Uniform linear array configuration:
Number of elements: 64
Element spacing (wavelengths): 1
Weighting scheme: kaiser
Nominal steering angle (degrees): -30
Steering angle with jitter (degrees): -31.753
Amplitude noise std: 0.05
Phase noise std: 0.05

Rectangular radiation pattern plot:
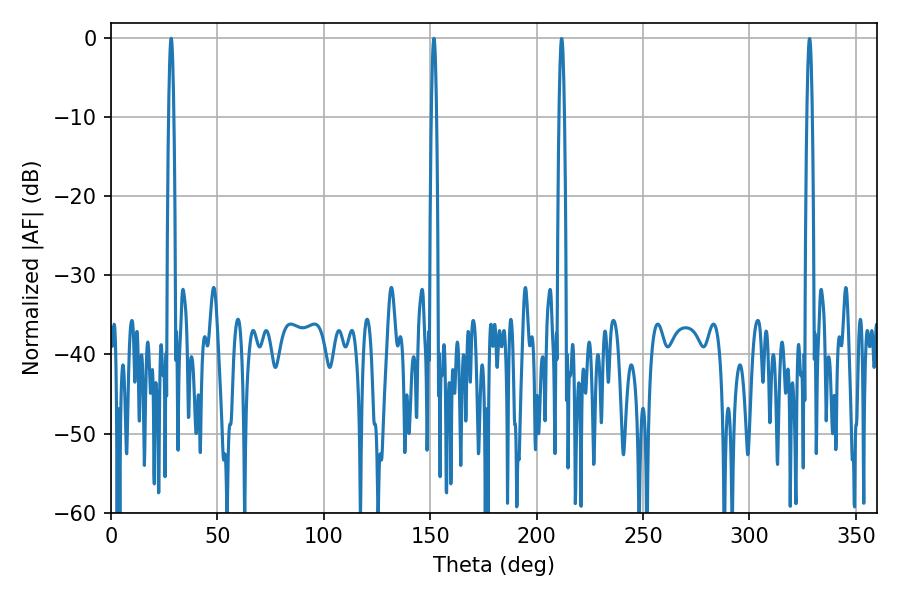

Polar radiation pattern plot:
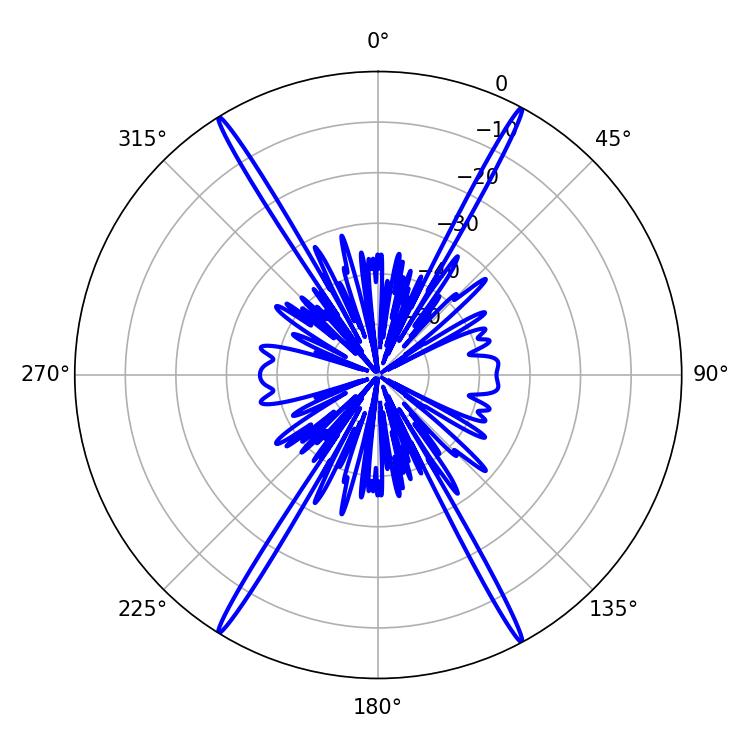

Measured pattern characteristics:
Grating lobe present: TRUE
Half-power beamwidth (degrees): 1.26
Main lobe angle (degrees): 28.26